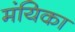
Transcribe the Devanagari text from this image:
मंयिका